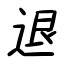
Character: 退